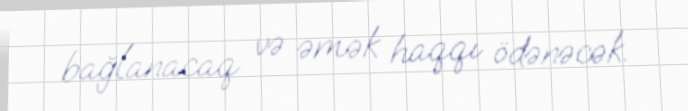
bağlanacaq və əmək haqqı ödənəcək.